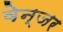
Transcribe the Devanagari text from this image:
वेन्जर